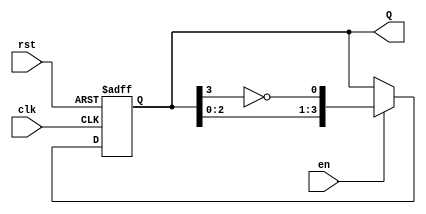
module johnson_counter #(
    parameter n = 4  // Bit width of the counter, can be adjusted as needed
)(
    input wire clk,   // Clock signal
    input wire rst,   // Asynchronous reset signal
    input wire en,    // Enable signal for counting
    output reg [n-1:0] Q  // Counter output
);

    // Counter operation
    always @(posedge clk or posedge rst) begin
        if (rst) begin
            Q <= 0;  // Reset the counter to zero
        end else if (en) begin
            // Johnson counter state transition
            Q <= {Q[n-2:0], ~Q[n-1]};  // Shift left and feedback inverted last bit
        end
        // If en is low, the state is retained
    end

endmodule